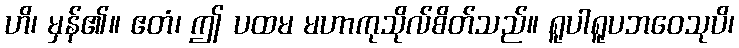
ဟိ၊ မှန်၏။ ဧတံ၊ ဤ ပထမ မဟာကုသိုလ်စိတ်သည်။ ရူပါရူပဘဝေသုပိ၊